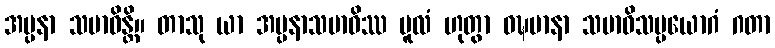
အပ္ပနာ သမာဓိန္တိ။ တာသု ယာ အပ္ပနာသမာဓိဿ မူလံ ဟုတွာ ဝဍ္ဎမာနာ သမာဓိသမ္ပယောဂံ ဂတာ